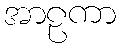
အာဠကာ